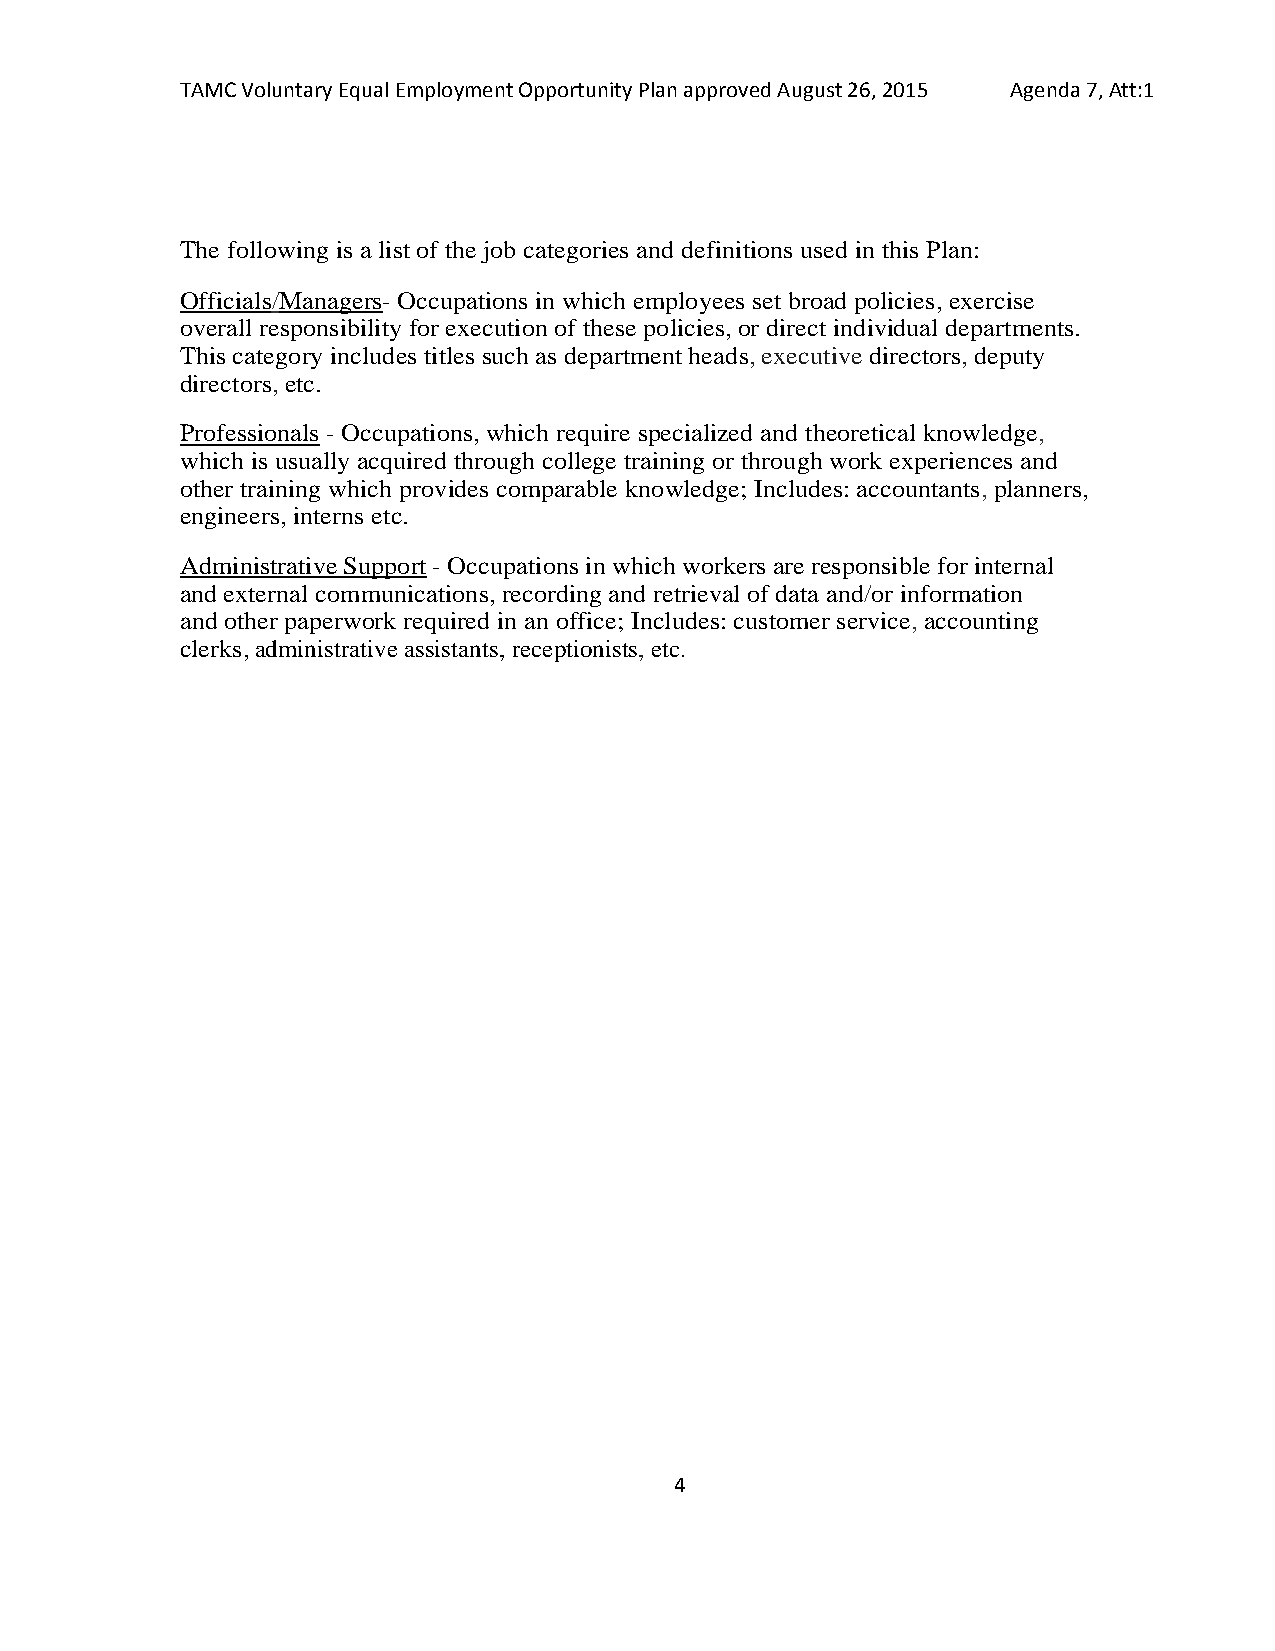
TAMC Voluntary Equal Employment Opportunity Plan approved August 26, 2015 Agenda 7, Att:1
 The following is a list of the job categories and definitions used in this Plan:
 Officials/Managers- Occupations in which employees set broad policies, exercise
 overall responsibility for execution of these policies, or direct individual departments.
 This category includes titles such as department heads, executive directors, deputy
 directors, etc.
 Professionals - Occupations, which require specialized and theoretical knowledge,
 which is usually acquired through college training or through work experiences and
 other training which provides comparable knowledge; Includes: accountants, planners,
 engineers, interns etc.
 Administrative Support - Occupations in which workers are responsible for internal
 and external communications, recording and retrieval of data and/or information
 and other paperwork required in an office; Includes: customer service, accounting
 clerks, administrative assistants, receptionists, etc.
 4